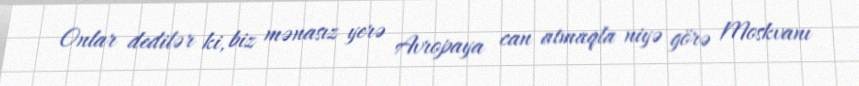
Onlar dedilər ki, biz mənasız yerə Avropaya can atmaqla niyə görə Moskvanı